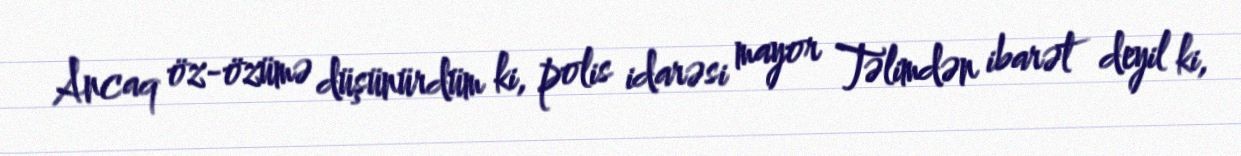
Ancaq öz-özümə düşünürdüm ki, polis idarəsi mayor Təlimdən ibarət deyil ki,